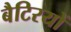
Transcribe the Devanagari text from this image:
बैटिरयों